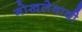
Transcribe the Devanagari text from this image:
गोखलेवादी